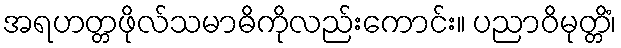
အရဟတ္တဖိုလ်သမာဓိကိုလည်းကောင်း။ ပညာဝိမုတ္တိံ၊